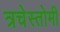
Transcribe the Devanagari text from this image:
त्रचेस्तोमी